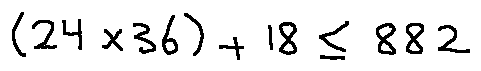
( 2 4 \times 3 6 ) + 1 8 \leq 8 8 2